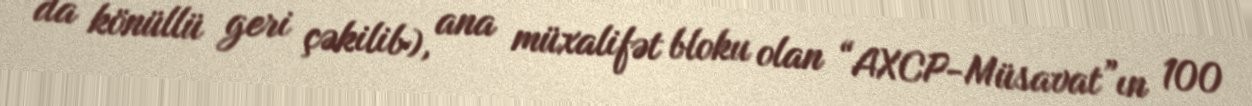
da könüllü geri çəkilib), ana müxalifət bloku olan “AXCP-Müsavat”ın 100